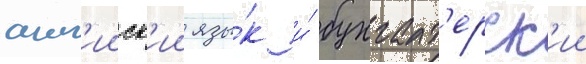
англ'ииск'ии язы́к и́ бухгалт'ерск'ии